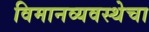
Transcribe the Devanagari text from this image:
विमानव्यवस्थेचा